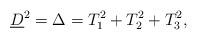
LaTeX: \begin{align*} \underline{D}^2=\Delta=T_1^2+T_2^2+T_3^2,\end{align*}